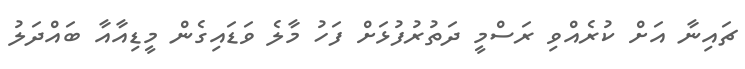
ޗައިނާ އަށް ކުރެއްވި ރަސްމީ ދަތުރުފުޅަށް ފަހު މާލެ ވަޑައިގެން މީޑިއާއާ ބައްދަލު